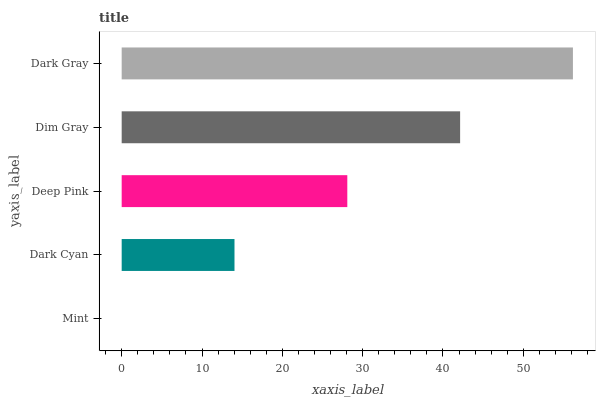
| yaxis_label | bars |
 | --- | --- |
 | Mint | 0 |
 | Dark Cyan | 14 |
 | Deep Pink | 28.1 |
 | Dim Gray | 42.1 |
 | Dark Gray | 56.2 |